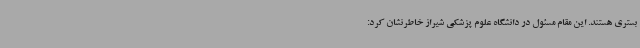
بستری هستند. این مقام مسئول در دانشگاه علوم پزشکی شیراز خاطرنشان کرد: